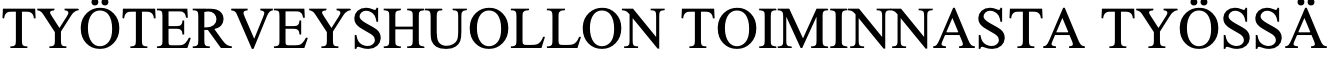
TYÖTERVEYSHUOLLON      TOIMINNASTA  TYÖSSÄ